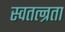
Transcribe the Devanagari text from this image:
स्वतत्न्रता